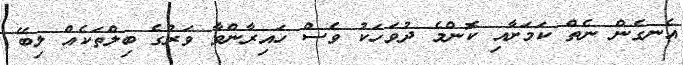
އެނގެން ނެތް ކަމަށާއި ކޮންމެ ދުވަހަކު ވެސް ހައިރާންވާ ވަރުގެ ބިލްތަކެއް ލިބޭ